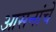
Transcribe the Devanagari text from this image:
आसनांचे